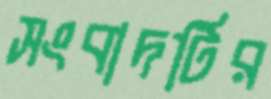
সংবাদটির